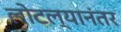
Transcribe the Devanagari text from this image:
लोटल्‍यानंतर